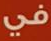
في